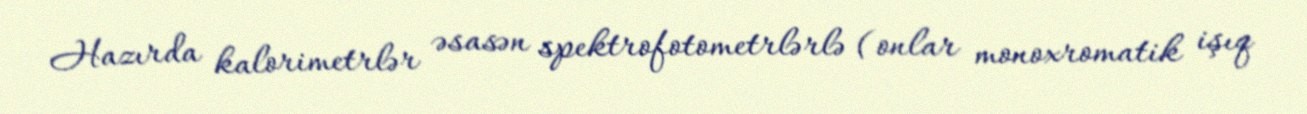
Hazırda kalorimetrlər əsasən spektrofotometrlərlə (onlar monoxromatik işıq